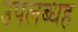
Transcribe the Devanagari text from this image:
उपलब्धह